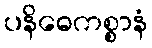
ပနိဓေကစ္စာနံ